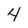
Character: 4